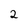
Character: 2